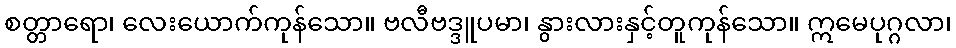
စတ္တာရော၊ လေးယောက်ကုန်သော။ ဗလီဗဒ္ဒူပမာ၊ နွားလားနှင့်တူကုန်သော။ ဣမေပုဂ္ဂလာ၊